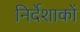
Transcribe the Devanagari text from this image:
निर्देशाकों